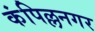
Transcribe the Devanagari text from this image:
कंपिल्लनगर